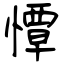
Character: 憛